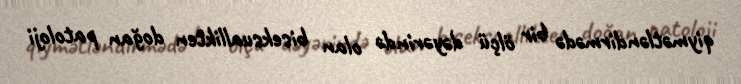
qiymətləndirmədə bir ölçü dəyərində olan biseksuallikten doğan patoloji